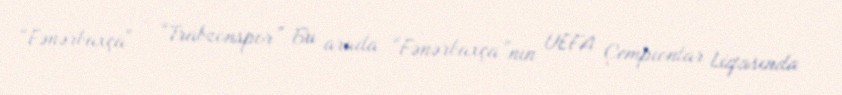
“Fənərbaxça" - “Trabzonspor” Bu arada “Fənərbaxça”nın UEFA Çempionlar Liqasında